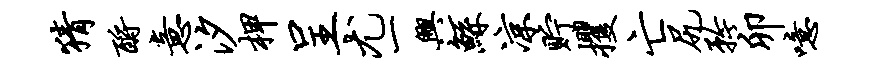
猜酹意汐柙呈尤一兴鲧凉贮攫亡尻矜卯噫